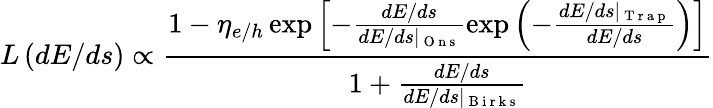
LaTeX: L\left(dE/ds\right)\propto\frac{1-\eta_{e/h}\exp{\left[-\frac{dE/ds}{dE/ds\mid_{\mathrm{~O~n~s~}}}\exp{\left(-\frac{dE/ds\mid_{\mathrm{~T~r~a~p~}}}{dE/ds}\right)}\right]}}{1+\frac{dE/ds}{dE/ds\mid_{\mathrm{~B~i~r~k~s~}}}}